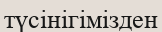
түсінігімізден